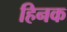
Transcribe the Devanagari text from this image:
हिनक